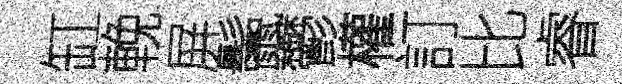
缸輓屏鬛鬱權訂比睿